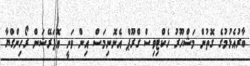
ބާރުއެޅުމުގެ ގޮތުން މަޝްހޫރު ހެކްޓިވިސް ގްރޫޕް އެނޮނިމަސް އިން ވަނީ އޮޕަރޭޝަން ރޯހިންގްޔާ